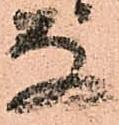
な